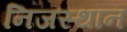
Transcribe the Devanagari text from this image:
निजस्थान